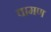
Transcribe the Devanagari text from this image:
वामण